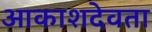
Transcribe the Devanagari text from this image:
आकाशदेवता